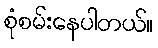
စုံစမ်းနေပါတယ်။